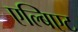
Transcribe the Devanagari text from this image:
एल्बिएट